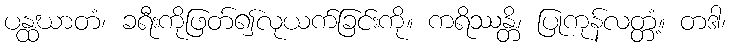
ပန္ထဃာတံ၊ ခရီးကိုဖြတ်၍လုယက်ခြင်းကို။ ကရိဿန္တိ၊ ပြုကုန်လတ္တံ့။ တဒါ၊